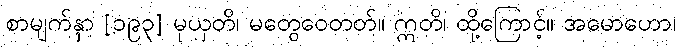
စာမျက်နှာ [၁၉၃] မုယှတိ၊ မတွေဝေတတ်။ ဣတိ၊ ထို့ကြောင့်။ အမောဟော၊